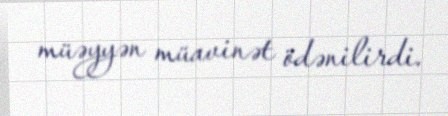
müəyyən müavinət ödənilirdi.